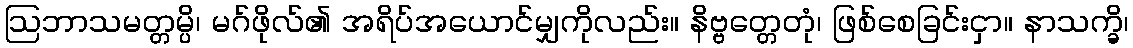
ဩဘာသမတ္တမ္ပိ၊ မဂ်ဖိုလ်၏ အရိပ်အယောင်မျှကိုလည်း။ နိဗ္ဗတ္တေတုံ၊ ဖြစ်စေခြင်းငှာ။ နာသက္ခိ၊